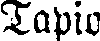
Tapio